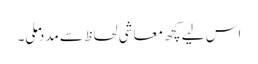
اس لیے کچھ معاشی لحاظ سے مدد ملی۔